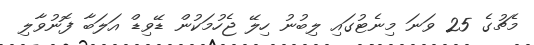
މެޗުގެ 25 ވަނަ މިނެޓުގައި ލިބުނު ހިލޭ ޖެހުމަކުން ޑޭވިޑް އަލަބާ ފޮނުވާލި